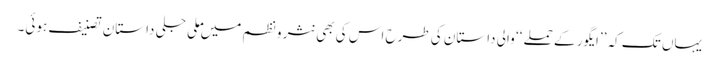
یہاں تک کہ ’’ایگور کے حملے ‘‘ والی داستان کی طرح اس کی بھی نثر و نظم میں ملی جلی داستان تصنیف ہوئی۔